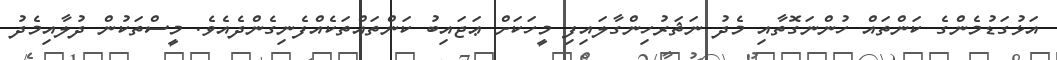
އަޅުގަޑުމެންގެ ކަންތައް ހުންނަގޮތާއި މެދު ނަޘަރުހިންގާލައިފި މީހަކަށް ޢަޖައިބު ކަންތައްތަކެއްފެނިގެންދެއެވެ. މީސްތަކުން ދުލާއިމެދު